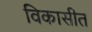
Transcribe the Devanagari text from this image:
विकासीत